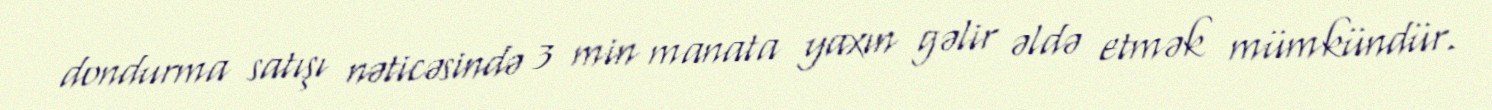
dondurma satışı nəticəsində 3 min manata yaxın gəlir əldə etmək mümkündür.